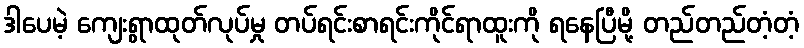
ဒါပေမဲ့ ကျေးရွာထုတ်လုပ်မှု တပ်ရင်းစာရင်းကိုင်ရာထူးကို ရနေပြီမို့ တည်တည်တံ့တံ့